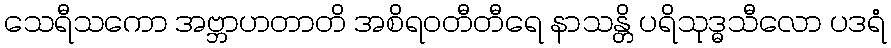
သေရီသကော အဗ္ဘာဟတာတိ အစိရဝတီတီရေ နာသန္တိ ပရိသုဒ္ဓသီလော ပဒရံ